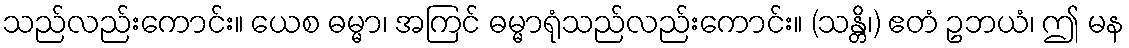
သည်လည်းကောင်း။ ယေစ ဓမ္မာ၊ အကြင် ဓမ္မာရုံသည်လည်းကောင်း။ (သန္တိ၊) ဧတံ ဥဘယံ၊ ဤ မန